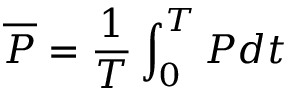
\overline { { P } } = \frac { 1 } { T } \int _ { 0 } ^ { T } P d t